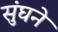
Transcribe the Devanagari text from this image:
सुंघने